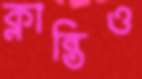
ক্লান্তিও